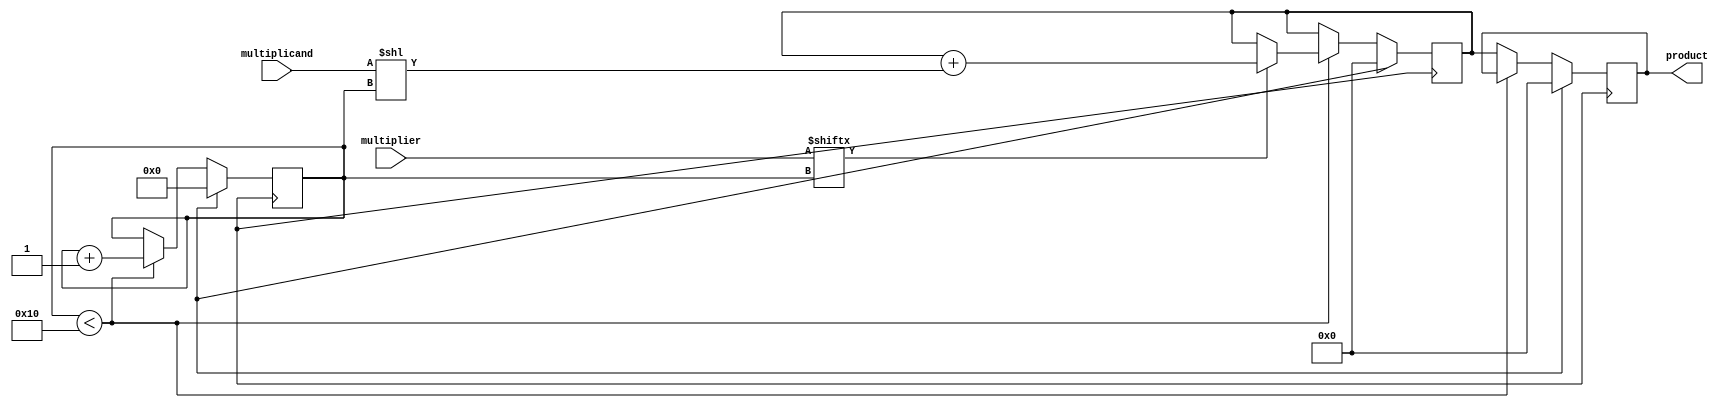
module Unsigned_Multiplier(
    input [15:0] multiplicand,
    input [15:0] multiplier,
    output reg [31:0] product
);

reg [31:0] accumulator;
reg [3:0] shift_count;

always @(posedge clock) begin
    if (reset) begin
        accumulator <= 0;
        shift_count <= 0;
        product <= 0;
    end else begin
        if (shift_count < 16) begin
            if (multiplier[shift_count] == 1) begin
                accumulator <= accumulator + (multiplicand << shift_count);
            end
            shift_count <= shift_count + 1;
        end else begin
            product <= accumulator;
        end
    end
end

endmodule